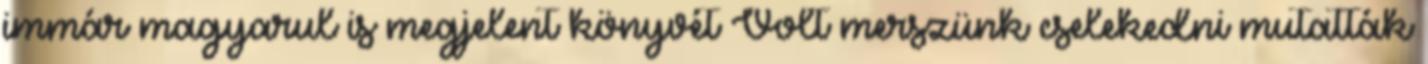
immár magyarul is megjelent könyvét Volt merszünk cselekedni mutatták